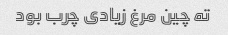
ته چین مرغ زیادی چرب بود